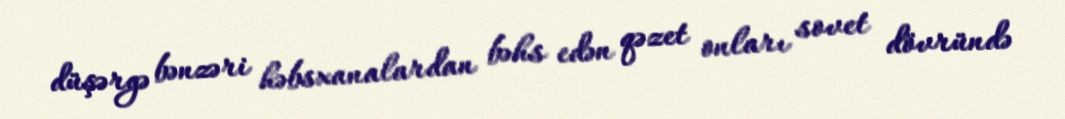
düşərgə bənzəri həbsxanalardan bəhs edən qəzet onları sovet dövründə